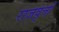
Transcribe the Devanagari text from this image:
राजवृत्तों